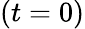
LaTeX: \left(t=0\right)